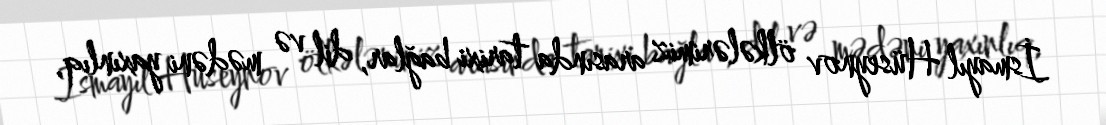
İsmayıl Hüseynov ölkələrimiz arasında tarixi bağlar, dil və mədəni yaxınlıq,